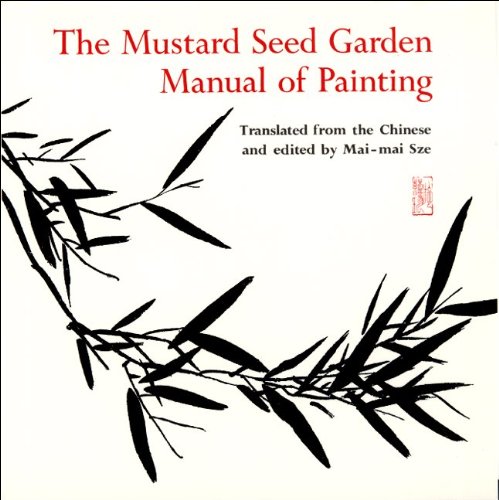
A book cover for The Mustard Seed Garden Manual of Painting; Arts & Photography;